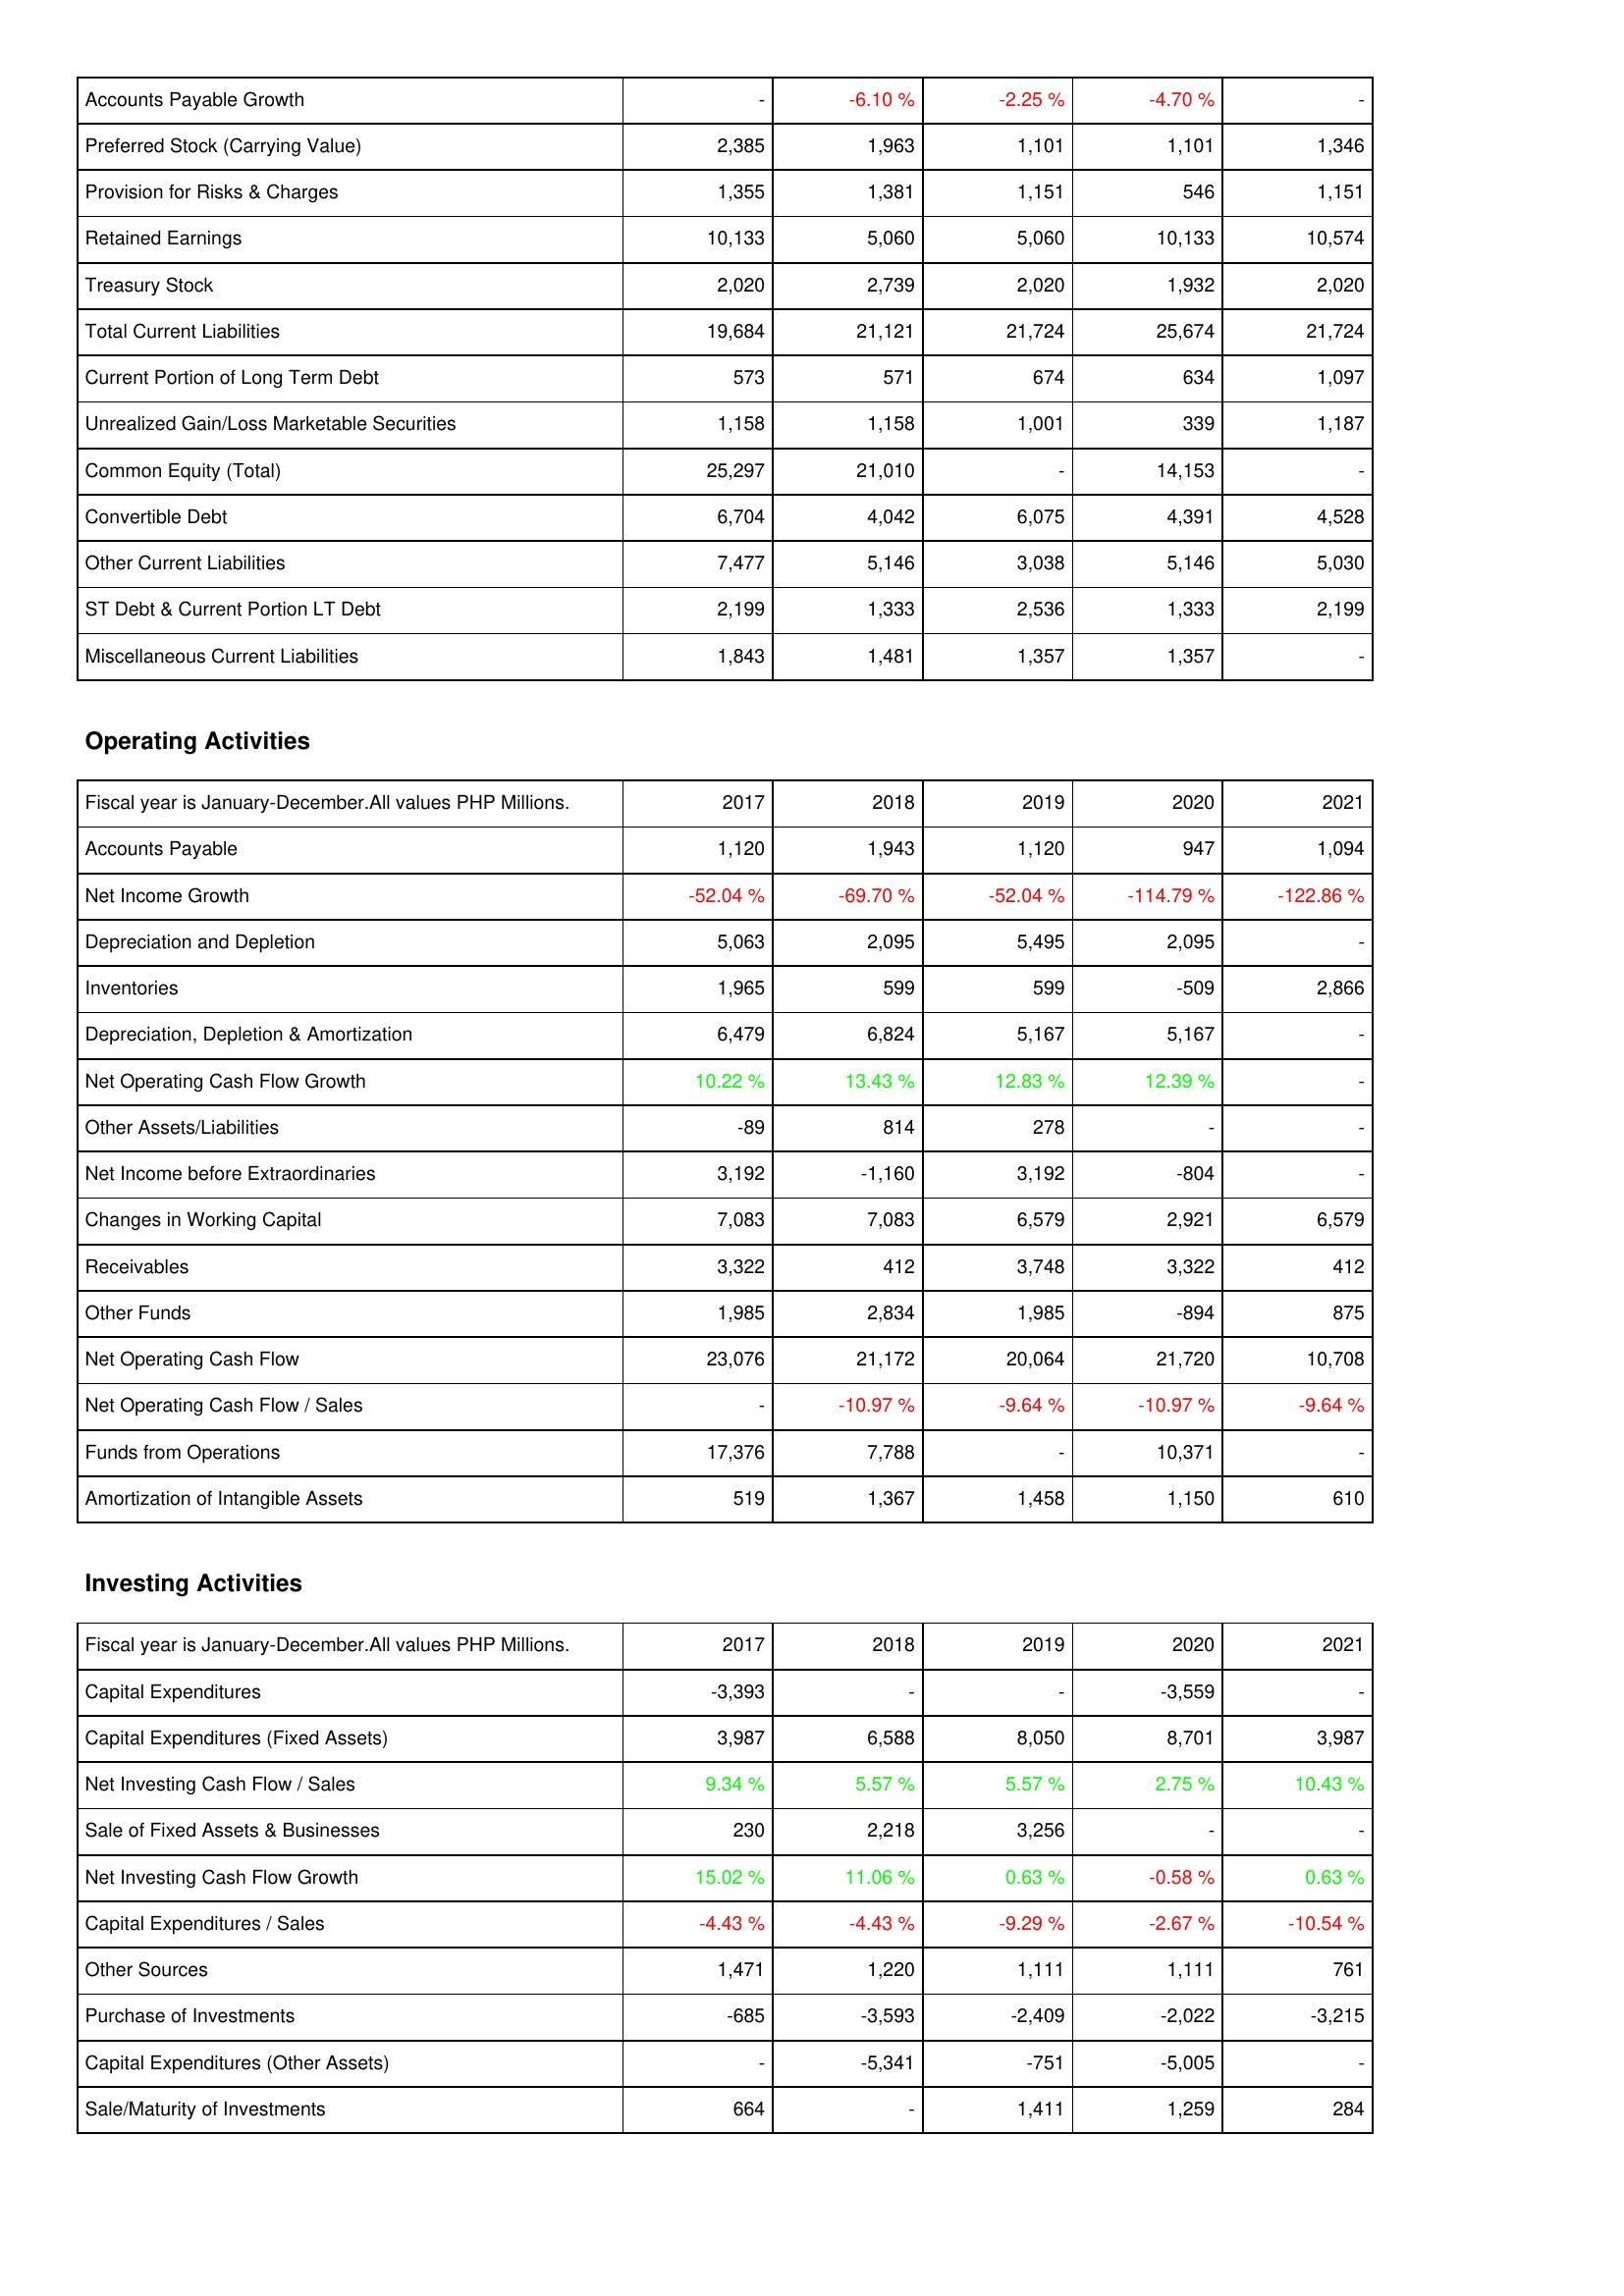
2017: Liabilities & Shareholders' Equity: Accounts Payable Growth: -
Preferred Stock (Carrying Value): 2,385
Provision for Risks & Charges: 1,355
Retained Earnings: 10,133
Treasury Stock: 2,020
Total Current Liabilities: 19,684
Current Portion of Long Term Debt: 573
Unrealized Gain/Loss Marketable Securities: 1,158
Common Equity (Total): 25,297
Convertible Debt: 6,704
Other Current Liabilities: 7,477
ST Debt & Current Portion LT Debt: 2,199
Miscellaneous Current Liabilities: 1,843
Operating Activities: Accounts Payable: 1,120
Net Income Growth: -52.04 %
Depreciation and Depletion: 5,063
Inventories: 1,965
Depreciation, Depletion & Amortization: 6,479
Net Operating Cash Flow Growth: 10.22 %
Other Assets/Liabilities: -89
Net Income before Extraordinaries: 3,192
Changes in Working Capital: 7,083
Receivables: 3,322
Other Funds: 1,985
Net Operating Cash Flow: 23,076
Net Operating Cash Flow / Sales: -
Funds from Operations: 17,376
Amortization of Intangible Assets: 519
Investing Activities: Capital Expenditures: -3,393
Capital Expenditures (Fixed Assets): 3,987
Net Investing Cash Flow / Sales: 9.34 %
Sale of Fixed Assets & Businesses: 230
Net Investing Cash Flow Growth: 15.02 %
Capital Expenditures / Sales: -4.43 %
Other Sources: 1,471
Purchase of Investments: -685
Capital Expenditures (Other Assets): -
Sale/Maturity of Investments: 664
2018: Liabilities & Shareholders' Equity: Accounts Payable Growth: -6.10 %
Preferred Stock (Carrying Value): 1,963
Provision for Risks & Charges: 1,381
Retained Earnings: 5,060
Treasury Stock: 2,739
Total Current Liabilities: 21,121
Current Portion of Long Term Debt: 571
Unrealized Gain/Loss Marketable Securities: 1,158
Common Equity (Total): 21,010
Convertible Debt: 4,042
Other Current Liabilities: 5,146
ST Debt & Current Portion LT Debt: 1,333
Miscellaneous Current Liabilities: 1,481
Operating Activities: Accounts Payable: 1,943
Net Income Growth: -69.70 %
Depreciation and Depletion: 2,095
Inventories: 599
Depreciation, Depletion & Amortization: 6,824
Net Operating Cash Flow Growth: 13.43 %
Other Assets/Liabilities: 814
Net Income before Extraordinaries: -1,160
Changes in Working Capital: 7,083
Receivables: 412
Other Funds: 2,834
Net Operating Cash Flow: 21,172
Net Operating Cash Flow / Sales: -10.97 %
Funds from Operations: 7,788
Amortization of Intangible Assets: 1,367
Investing Activities: Capital Expenditures: -
Capital Expenditures (Fixed Assets): 6,588
Net Investing Cash Flow / Sales: 5.57 %
Sale of Fixed Assets & Businesses: 2,218
Net Investing Cash Flow Growth: 11.06 %
Capital Expenditures / Sales: -4.43 %
Other Sources: 1,220
Purchase of Investments: -3,593
Capital Expenditures (Other Assets): -5,341
Sale/Maturity of Investments: -
2019: Liabilities & Shareholders' Equity: Accounts Payable Growth: -2.25 %
Preferred Stock (Carrying Value): 1,101
Provision for Risks & Charges: 1,151
Retained Earnings: 5,060
Treasury Stock: 2,020
Total Current Liabilities: 21,724
Current Portion of Long Term Debt: 674
Unrealized Gain/Loss Marketable Securities: 1,001
Common Equity (Total): -
Convertible Debt: 6,075
Other Current Liabilities: 3,038
ST Debt & Current Portion LT Debt: 2,536
Miscellaneous Current Liabilities: 1,357
Operating Activities: Accounts Payable: 1,120
Net Income Growth: -52.04 %
Depreciation and Depletion: 5,495
Inventories: 599
Depreciation, Depletion & Amortization: 5,167
Net Operating Cash Flow Growth: 12.83 %
Other Assets/Liabilities: 278
Net Income before Extraordinaries: 3,192
Changes in Working Capital: 6,579
Receivables: 3,748
Other Funds: 1,985
Net Operating Cash Flow: 20,064
Net Operating Cash Flow / Sales: -9.64 %
Funds from Operations: -
Amortization of Intangible Assets: 1,458
Investing Activities: Capital Expenditures: -
Capital Expenditures (Fixed Assets): 8,050
Net Investing Cash Flow / Sales: 5.57 %
Sale of Fixed Assets & Businesses: 3,256
Net Investing Cash Flow Growth: 0.63 %
Capital Expenditures / Sales: -9.29 %
Other Sources: 1,111
Purchase of Investments: -2,409
Capital Expenditures (Other Assets): -751
Sale/Maturity of Investments: 1,411
2020: Liabilities & Shareholders' Equity: Accounts Payable Growth: -4.70 %
Preferred Stock (Carrying Value): 1,101
Provision for Risks & Charges: 546
Retained Earnings: 10,133
Treasury Stock: 1,932
Total Current Liabilities: 25,674
Current Portion of Long Term Debt: 634
Unrealized Gain/Loss Marketable Securities: 339
Common Equity (Total): 14,153
Convertible Debt: 4,391
Other Current Liabilities: 5,146
ST Debt & Current Portion LT Debt: 1,333
Miscellaneous Current Liabilities: 1,357
Operating Activities: Accounts Payable: 947
Net Income Growth: -114.79 %
Depreciation and Depletion: 2,095
Inventories: -509
Depreciation, Depletion & Amortization: 5,167
Net Operating Cash Flow Growth: 12.39 %
Other Assets/Liabilities: -
Net Income before Extraordinaries: -804
Changes in Working Capital: 2,921
Receivables: 3,322
Other Funds: -894
Net Operating Cash Flow: 21,720
Net Operating Cash Flow / Sales: -10.97 %
Funds from Operations: 10,371
Amortization of Intangible Assets: 1,150
Investing Activities: Capital Expenditures: -3,559
Capital Expenditures (Fixed Assets): 8,701
Net Investing Cash Flow / Sales: 2.75 %
Sale of Fixed Assets & Businesses: -
Net Investing Cash Flow Growth: -0.58 %
Capital Expenditures / Sales: -2.67 %
Other Sources: 1,111
Purchase of Investments: -2,022
Capital Expenditures (Other Assets): -5,005
Sale/Maturity of Investments: 1,259
2021: Liabilities & Shareholders' Equity: Accounts Payable Growth: -
Preferred Stock (Carrying Value): 1,346
Provision for Risks & Charges: 1,151
Retained Earnings: 10,574
Treasury Stock: 2,020
Total Current Liabilities: 21,724
Current Portion of Long Term Debt: 1,097
Unrealized Gain/Loss Marketable Securities: 1,187
Common Equity (Total): -
Convertible Debt: 4,528
Other Current Liabilities: 5,030
ST Debt & Current Portion LT Debt: 2,199
Miscellaneous Current Liabilities: -
Operating Activities: Accounts Payable: 1,094
Net Income Growth: -122.86 %
Depreciation and Depletion: -
Inventories: 2,866
Depreciation, Depletion & Amortization: -
Net Operating Cash Flow Growth: -
Other Assets/Liabilities: -
Net Income before Extraordinaries: -
Changes in Working Capital: 6,579
Receivables: 412
Other Funds: 875
Net Operating Cash Flow: 10,708
Net Operating Cash Flow / Sales: -9.64 %
Funds from Operations: -
Amortization of Intangible Assets: 610
Investing Activities: Capital Expenditures: -
Capital Expenditures (Fixed Assets): 3,987
Net Investing Cash Flow / Sales: 10.43 %
Sale of Fixed Assets & Businesses: -
Net Investing Cash Flow Growth: 0.63 %
Capital Expenditures / Sales: -10.54 %
Other Sources: 761
Purchase of Investments: -3,215
Capital Expenditures (Other Assets): -
Sale/Maturity of Investments: 284